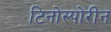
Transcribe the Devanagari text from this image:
टिनोस्पोरीन